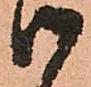
御